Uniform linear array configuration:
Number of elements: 64
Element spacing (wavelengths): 1
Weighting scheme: cosine
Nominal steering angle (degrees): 0
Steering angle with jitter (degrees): -0.1328
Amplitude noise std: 0.05
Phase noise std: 0.05

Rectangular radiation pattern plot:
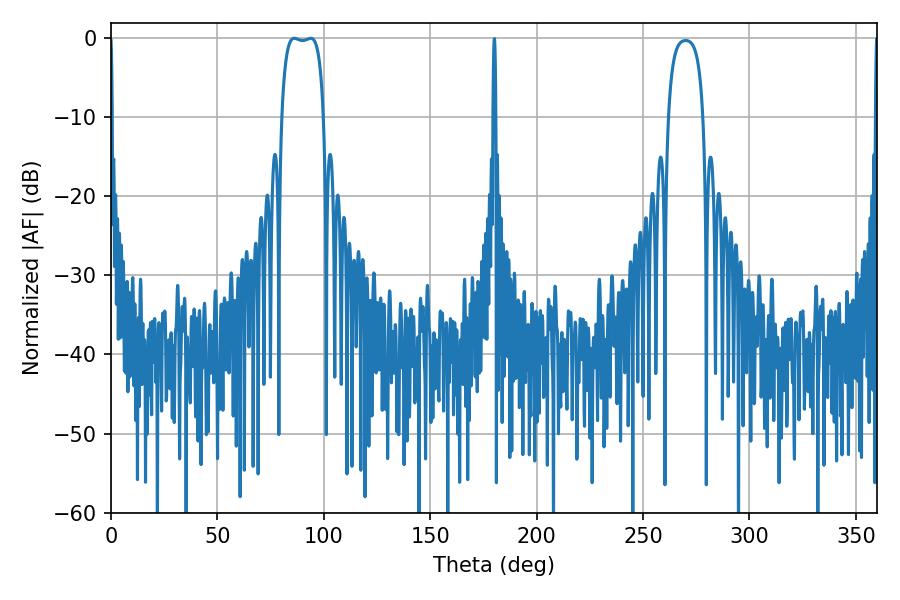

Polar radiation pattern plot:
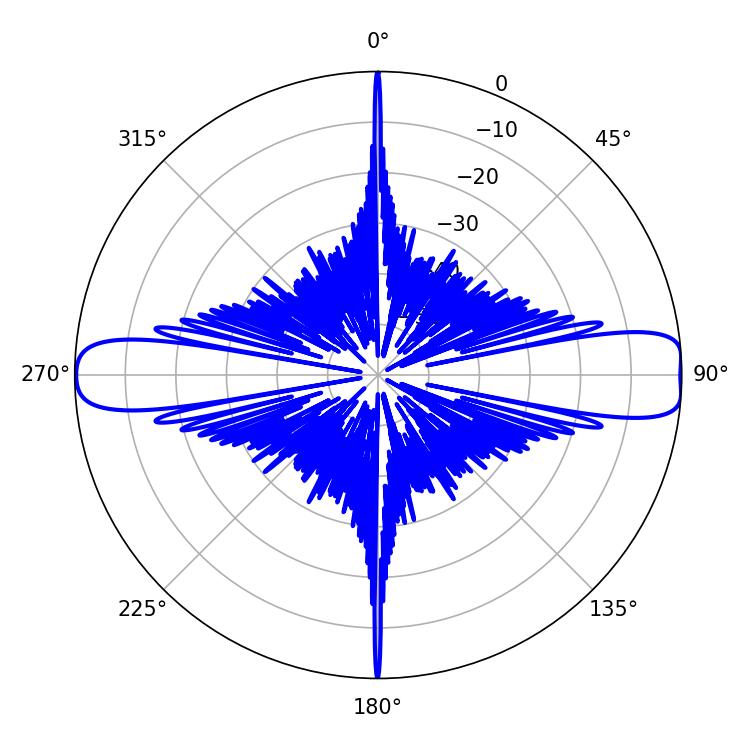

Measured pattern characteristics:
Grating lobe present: TRUE
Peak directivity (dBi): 13.894
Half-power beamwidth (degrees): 15.48
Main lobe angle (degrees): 86.22